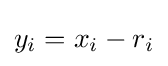
y_{i}=x_{i}-r_{i}